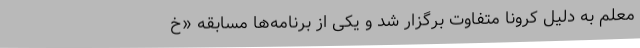
معلم به دلیل کرونا متفاوت برگزار شد و یکی از برنامه‌ها مسابقه «‌خ